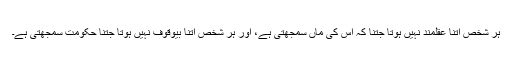
ہر شخص اتنا عقلمند نہیں ہوتا جتنا کہ اس کی ماں سمجھتی ہے، اور ہر شخص اتنا بیوقوف نہیں ہوتا جتنا حکومت سمجھتی ہے۔